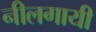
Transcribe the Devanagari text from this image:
नीलगायी